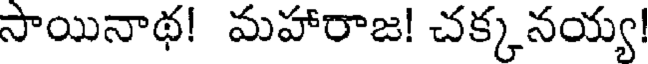
సాయినాథ! మహారాజ! చక్కనయ్య!